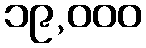
၁၉,၀၀၀